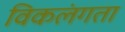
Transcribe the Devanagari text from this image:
विकलंगता